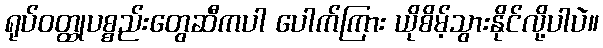
ရုပ်ဝတ္ထုပစ္စည်းတွေဆီကပါ ပေါက်ကြား ယိုစိမ့်သွားနိုင်လို့ပါပဲ။